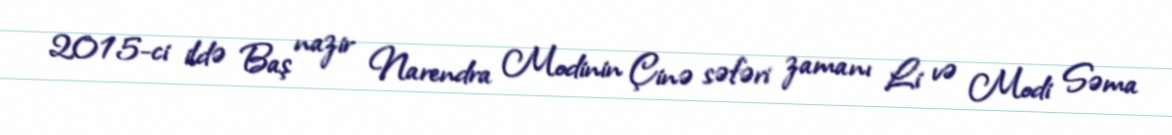
2015-ci ildə Baş nazir Narendra Modinin Çinə səfəri zamanı Li və Modi Səma